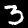
Label: 3